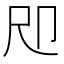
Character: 𡰰